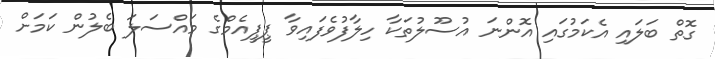
ގޮތް ބަލައި އެކަމުގައި އޮންނަ އުސޫލުތަކާ ހިލާފުވެފައިވާ ޕީޕީއެމްގެ މައްސަލަ ބެލުން ކަމަށް